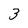
Character: 3